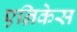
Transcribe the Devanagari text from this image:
एन्रिकेस